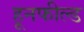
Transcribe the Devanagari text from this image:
हूनफील्ड